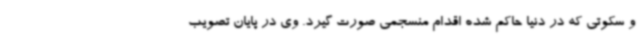
و سکوتی که در دنیا حاکم شده اقدام منسجمی صورت گیرد. وی در پایان تصویب